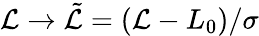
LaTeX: \mathcal{L}\rightarrow\tilde{\mathcal{L}}=(\mathcal{L}-L_{0})/\sigma